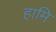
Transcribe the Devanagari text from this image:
हामि